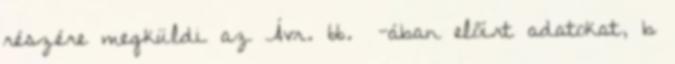
részére megküldi az Ávr. 66. §-ában előírt adatokat, b